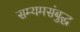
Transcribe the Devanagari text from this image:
सम्यमसंबुद्ध